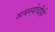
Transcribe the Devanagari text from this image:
समस्येचीही